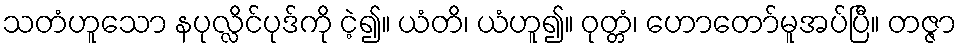
သတံဟူသော နပုလ္လိင်ပုဒ်ကို ငဲ့၍။ ယံတိ၊ ယံဟူ၍။ ဝုတ္တံ၊ ဟောတော်မူအပ်ပြီ။ တဇ္ဇာ